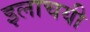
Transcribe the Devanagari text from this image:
इलाचयी